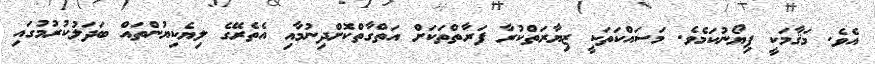
އެވެ. މަޤާމަކީ ޕިޔޯނުކަމެވެ. މަސައްކަތަކީ ޒިޔާރަތްކުރާ ފަރާތްތަކަށް އަތްގާތްކޮށްދިނުމާއި އެތެރޭގެ ލިޔެކިޔުންތައް ބަދަލުކުރުމުގައި